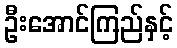
ဦးအောင်ကြည်နှင့်